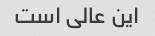
این عالی است